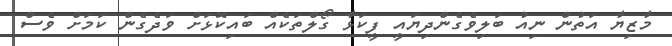
މާޒިޔާ އަތުން ނިއު ބަލިވެގެންދިޔައީ ފީކަޅާ ގޯލްތަކެއް ބައިކޮޅަށް ވަދެގެން ކަމަށް ވެސް